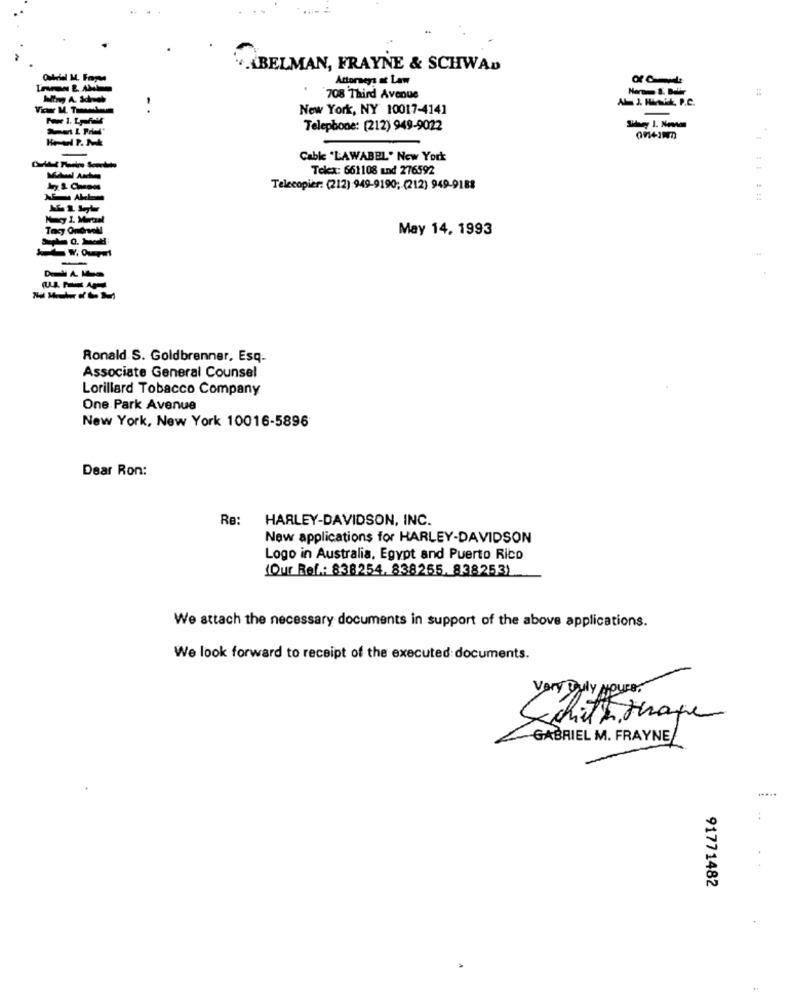
. BELMAN, FRAYNE & SCHWAD
Attorneys at Law
708 Third Avenue
AL J. HANik, P.C.
New York, NY 10017-4141
Telephone: [212) 949-9022
Cable "LAWABEL' New York
Telex: 661108 and 276592
Telecopier: (212) 949-9190; (212) 949-9188
NAL
May 14. 1993
-
Ronald S. Goldbrenner, Esq-
Associate General Counsel
Lorillard Tobacco Company
One Park Avenue
New York, New York 10016-5896
Dear Ron:
Re:
HARLEY-DAVIDSON, INC.
New applications for HARLEY-DAVIDSON
Logo in Australia, Egypt and Puerto Rico
(Our Ref .: 838254. 838255. 838253)
We attach the necessary documents in support of the above applications.
We look forward to receipt of the executed documents.
GABRIEL M. FRAYNE/
.....
91771482